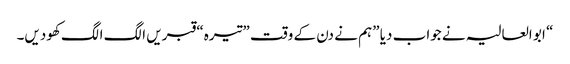
“ ابو العالیہ نے جواب دیا ”ہم نے دن کے وقت ”تیرہ“ قبریں الگ الگ کھودیں۔